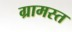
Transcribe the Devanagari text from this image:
ग्रामस्त